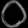
Digit: ၀